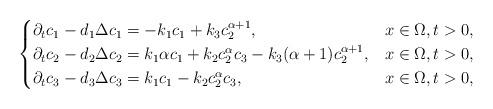
LaTeX: \begin{align*}\begin{cases}\partial_tc_1 - d_1\Delta c_1 = -k_1c_1 + k_3c_2^{\alpha+1}, &x\in\Omega, t>0,\\\partial_tc_2 - d_2\Delta c_2 = k_1\alpha c_1 + k_2c_2^{\alpha}c_3 - k_3(\alpha+1)c_2^{\alpha+1},&x\in\Omega, t>0,\\\partial_tc_3 - d_3\Delta c_3 = k_1c_1 - k_2c_2^{\alpha}c_3, &x\in\Omega, t>0,\end{cases}\end{align*}